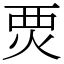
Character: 䙳